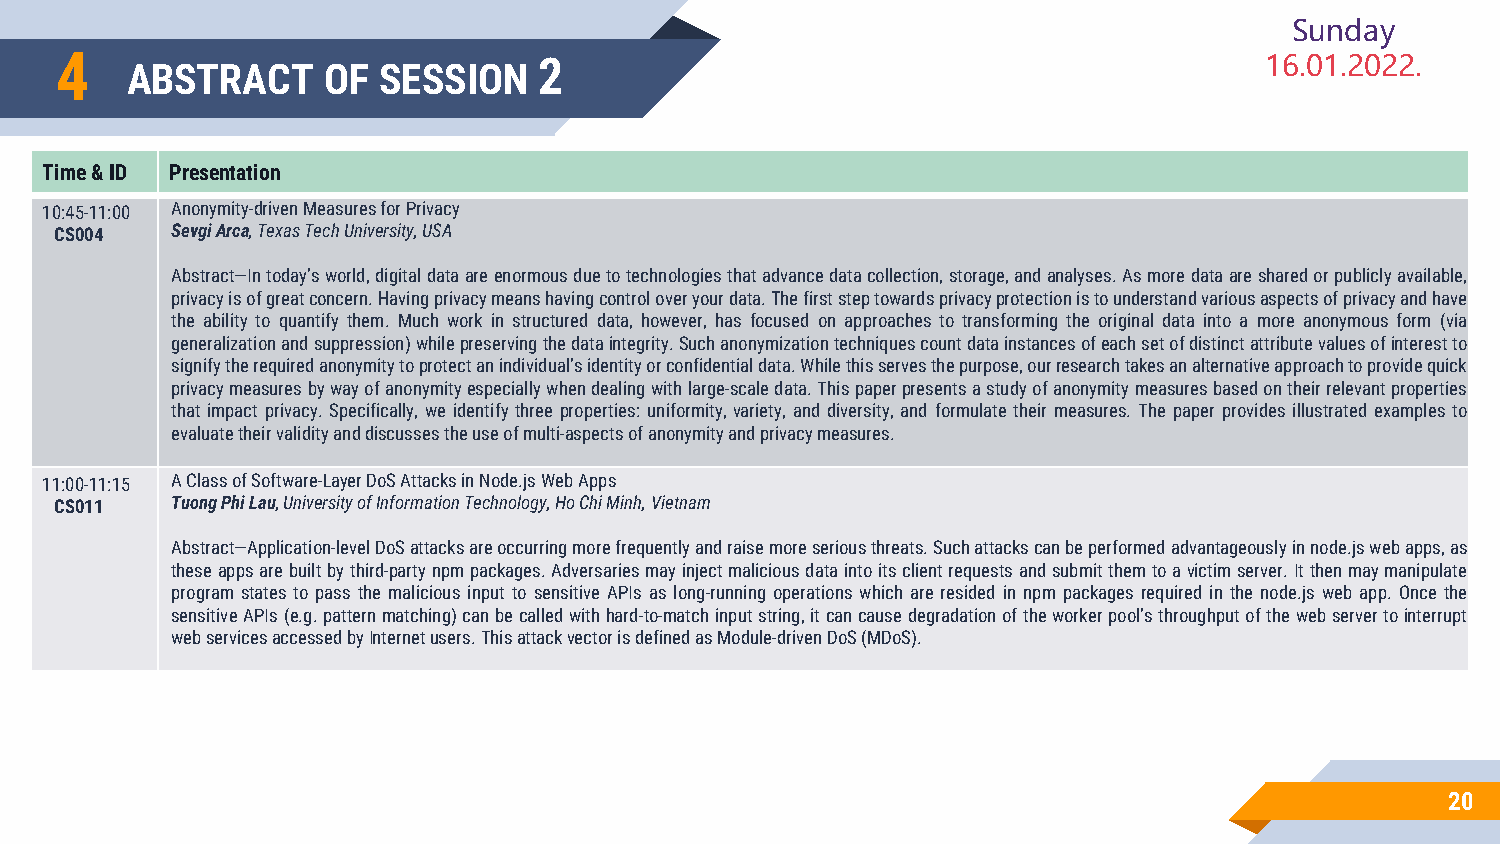
Sunday
 4                               2                                               16.01.2022.
 ABSTRACT     OF  SESSION
 Time & ID Presentation
 10:45-11:00 Anonymity-driven Measures for Privacy
 CS004  SevgiArca, Texas Tech University, USA
 Abstract—Intoday’sworld,digitaldataareenormousduetotechnologiesthatadvancedatacollection,storage,andanalyses.Asmoredataaresharedorpubliclyavailable,
 privacyisofgreatconcern.Havingprivacymeanshavingcontroloveryourdata.Thefirststeptowardsprivacyprotectionistounderstandvariousaspectsofprivacyandhave
 the ability to quantify them. Much work in structured data, however, has focused on approaches to transforming the original data into a more anonymous form (via
 generalizationandsuppression)whilepreservingthedataintegrity.Suchanonymizationtechniquescountdatainstancesofeachsetofdistinctattributevaluesofinterestto
 signifytherequiredanonymitytoprotectanindividual’sidentityorconfidentialdata.Whilethisservesthepurpose,ourresearchtakesanalternativeapproachtoprovidequick
 privacymeasuresbywayofanonymityespeciallywhendealingwithlarge-scaledata.Thispaperpresentsastudyofanonymitymeasuresbasedontheirrelevantproperties
 that impact privacy. Specifically, we identify three properties: uniformity, variety, and diversity, and formulate their measures. The paper provides illustrated examples to
 evaluatetheirvalidityanddiscussestheuseofmulti-aspectsofanonymityandprivacymeasures.
 11:00-11:15 A Class of Software-Layer DoS Attacks in Node.js Web Apps
 CS011  TuongPhi Lau, University of Information Technology, Ho Chi Minh, Vietnam
 Abstract—Application-levelDoSattacksareoccurringmorefrequentlyandraisemoreseriousthreats.Suchattackscanbeperformedadvantageouslyinnode.jswebapps,as
 theseappsarebuiltbythird-partynpmpackages.Adversariesmayinjectmaliciousdataintoitsclientrequestsandsubmitthemtoavictimserver.Itthenmaymanipulate
 program states to pass the malicious input to sensitive APIs as long-running operations which are resided in npm packages required in the node.js web app. Once the
 sensitiveAPIs(e.g.patternmatching)canbecalledwithhard-to-matchinputstring,itcancausedegradationoftheworkerpool’sthroughputofthewebservertointerrupt
 webservicesaccessedbyInternetusers.ThisattackvectorisdefinedasModule-drivenDoS(MDoS).
 20